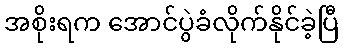
အစိုးရက အောင်ပွဲခံလိုက်နိုင်ခဲ့ပြီ